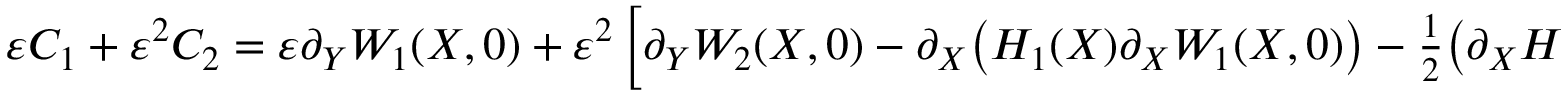
\begin{array} { r } { \varepsilon C _ { 1 } + \varepsilon ^ { 2 } C _ { 2 } = \varepsilon \partial _ { Y } W _ { 1 } ( X , 0 ) + \varepsilon ^ { 2 } \left[ \partial _ { Y } W _ { 2 } ( X , 0 ) - \partial _ { X } \big ( H _ { 1 } ( X ) \partial _ { X } W _ { 1 } ( X , 0 ) \big ) - \frac { 1 } { 2 } \big ( \partial _ { X } H _ { 1 } ( X ) \big ) ^ { 2 } \right] . } \end{array}